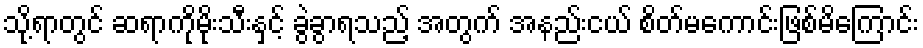
သို့ရာတွင် ဆရာကိုမိုးသီးနှင့် ခွဲခွာရသည့် အတွက် အနည်းငယ် စိတ်မကောင်းဖြစ်မိကြောင်း